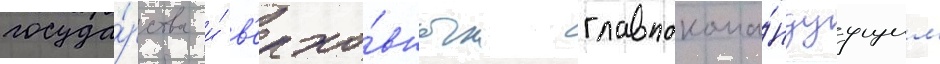
госуда́рства и́ в'ерхо́вным главнокома́ндуущим